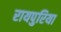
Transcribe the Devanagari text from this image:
रायपुरिया